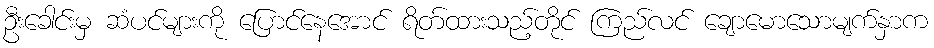
ဦးခေါင်းမှ ဆံပင်များကို ပြောင်နေအောင် ရိတ်ထားသည့်တိုင် ကြည်လင် ချောမောသောမျက်နှာက